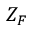
Z _ { F }